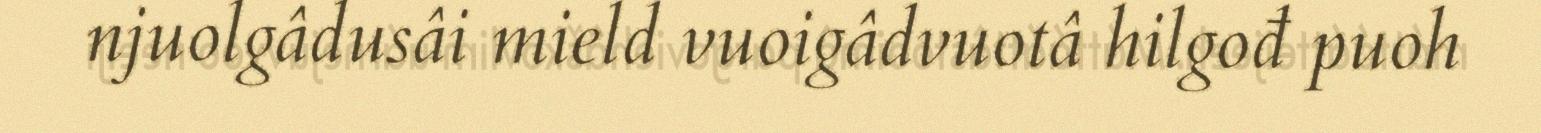
njuolgâdusâi mield vuoigâdvuotâ hilgođ puoh